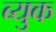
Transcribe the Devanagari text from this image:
ब्युक